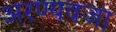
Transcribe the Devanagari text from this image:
अरण्यवजा